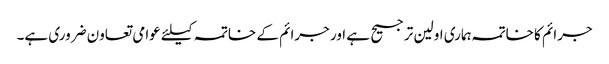
جرائم کا خاتمہ ہماری اولین ترجیح ہے اور جرائم کے خاتمہ کیلئے عوامی تعاون ضروری ہے۔